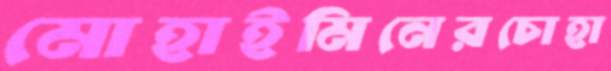
মোহাইমিনেরচোহা